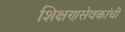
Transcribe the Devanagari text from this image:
शिक्षणसेवकांची